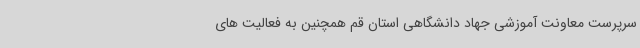
سرپرست معاونت آموزشی جهاد دانشگاهی استان قم همچنین به فعالیت های